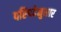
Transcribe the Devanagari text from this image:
परिषदेनुसार